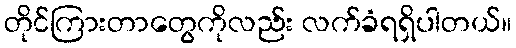
တိုင်ကြားတာတွေကိုလည်း လက်ခံရရှိပါတယ်။